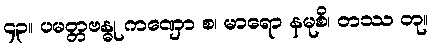
၄၃။ ပမတ္တဗန္ဓု ကဏှော စ၊ မာရော နမုစိ၊ တဿ တု။